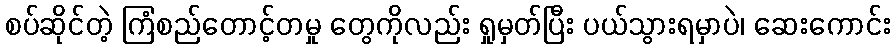
စပ်ဆိုင်တဲ့ ကြံစည်တောင့်တမှု တွေကိုလည်း ရှုမှတ်ပြီး ပယ်သွားရမှာပဲ၊ ဆေးကောင်း